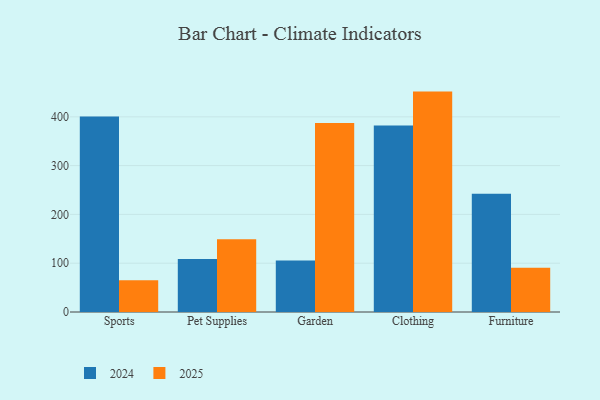
{"axis": {"x": "Category", "y": "Backlog"}, "legend": ["2024", "2025"], "data": [{"x": "Sports", "y": 65.3, "type": "2025"}, {"x": "Sports", "y": 400.8, "type": "2024"}, {"x": "Pet Supplies", "y": 149.3, "type": "2025"}, {"x": "Pet Supplies", "y": 108.5, "type": "2024"}, {"x": "Garden", "y": 387.6, "type": "2025"}, {"x": "Garden", "y": 105.7, "type": "2024"}, {"x": "Clothing", "y": 451.7, "type": "2025"}, {"x": "Clothing", "y": 382.4, "type": "2024"}, {"x": "Furniture", "y": 90.5, "type": "2025"}, {"x": "Furniture", "y": 242.3, "type": "2024"}]}